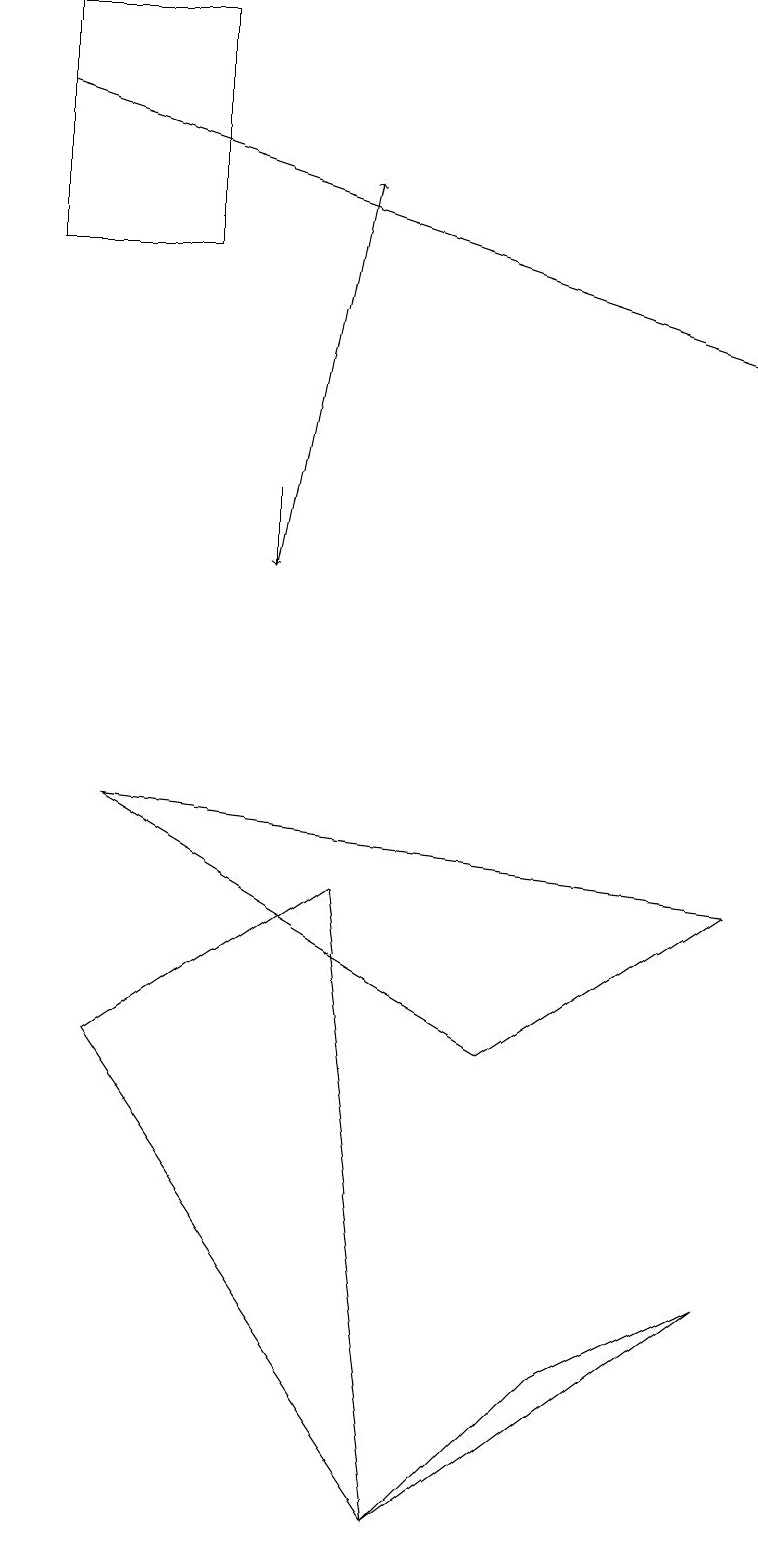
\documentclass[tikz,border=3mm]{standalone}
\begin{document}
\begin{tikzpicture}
\draw (5,0) -- (9,3) -- (7,2) -- cycle;
\draw (6,6) -- (9,8) -- (1,9) -- cycle;
\draw (5,0) -- (1,6) -- (4,8) -- cycle;
\draw[->] (0,18) -- (9,15);
\draw (0,19) rectangle (2,16);
\draw[->] (3,13) -- (3,12);
\draw[->] (3,12) -- (4,17);
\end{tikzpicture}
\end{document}